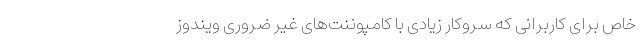
خاص برای کاربرانی که سروکار زیادی با کامپوننت‌های غیر ضروری ویندوز